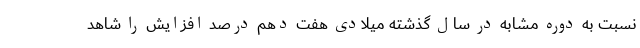
نسبت به دوره مشابه در سال گذشته میلادی هفت دهم درصد افزایش را شاهد